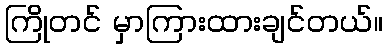
ကြိုတင် မှာကြားထားချင်တယ်။